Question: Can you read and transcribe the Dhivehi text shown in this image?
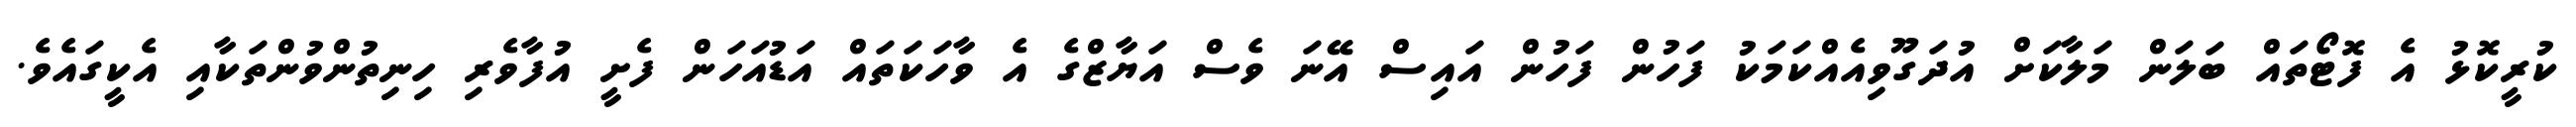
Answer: ކުރީކޮޅު އެ ފޮޓޯތައް ބަލަން މަލާކަށް އުދަގޫވިއެއްކަމަކު ފަހުން ފަހުން އައިސް އޭނަ ވެސް އަޔާޒްގެ އެ ވާހަކަތައް އަޑުއަހަން ފެށީ އުފާވެރި ހިނިތުންވުންތަކާއި އެކީގައެވެ.